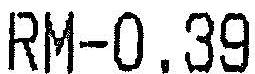
RM-0.39